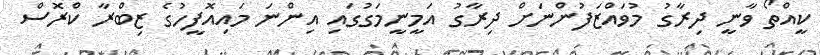
ކީއްތޯ ވާނީ ދިރާގު މުވައްޒަފުންނަށް ދިރާގު އަމީނީމަގުގައި އިންނަ މައިއޮފީހުގެ ޒިބްރާ ކްރޮސް